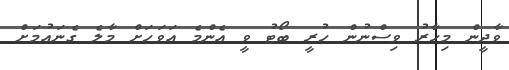
ވާދީން މިހާރު ވިސްނުން ހުރީ ބޯޓު ވީ އެންމެ އަވަހަށް މާލެ ގެނައުމަށް